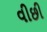
વીછી